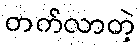
တက်လာတဲ့